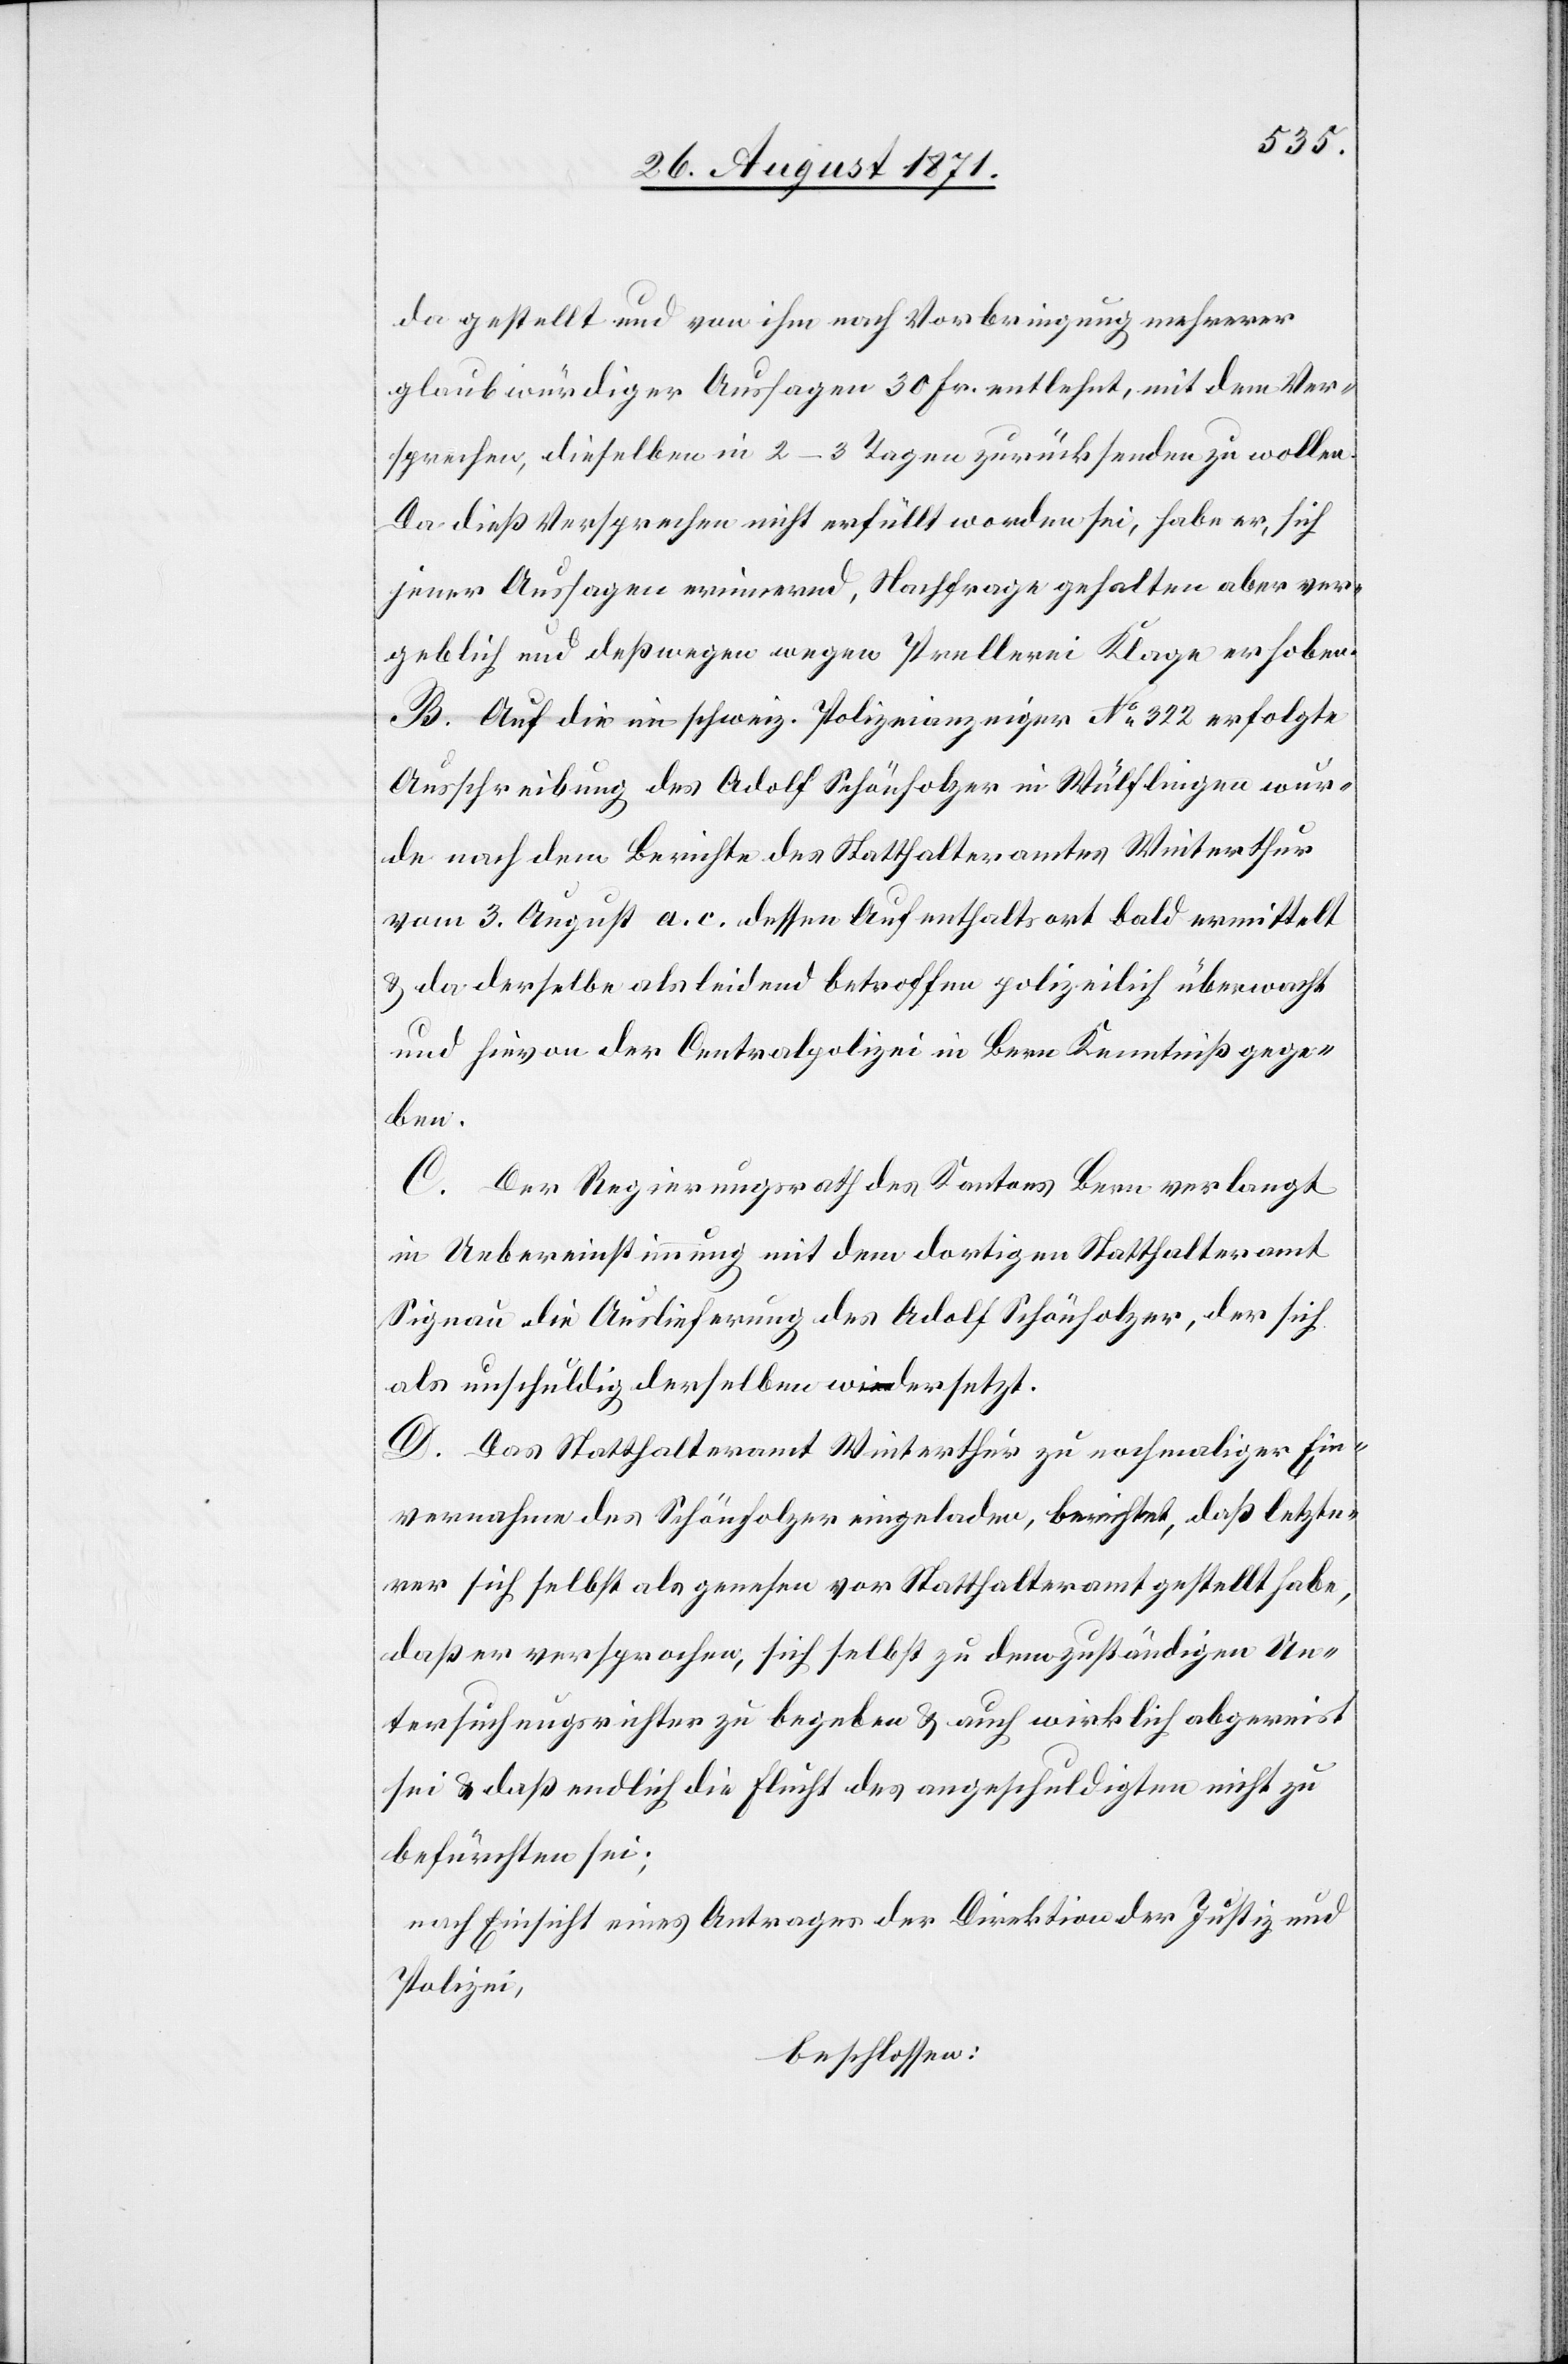
da gestellt und von ihm nach Vorbringung mehrerer
glaubwürdiger Aussagen 30 Fr. entlehnt, mit dem Ver¬
sprechen, dieselben in 2–3 Tagen zurücksenden zu wollen.
Da dieß Versprechen nicht erfüllt worden sei, habe er, sich
jener Auslagen erinnernd, Nachfrage gehalten aber ver¬
geblich und deßwegen wegen Prellerei Klage erhoben.
B. Auf die im schweiz. Polizeianzeiger N° 322 erfolgte
Ausschreibung des Adolf Schönholzer in Wülflingen wur¬
de nach dem Berichte des Statthalteramtes Winterthur
vom 3. August a. c. dessen Aufenthaltsort bald ermittelt
& da derselbe als leidend betroffen polizeilich überwacht
und hievon der Centralpolizei in Bern Kenntniß gege¬
ben.
C. Der Regierungsrath des Kantons Bern verlangt
in Uebereinstimmung mit dem dortigen Statthalteramt
Signau die Auslieferung des Adolf Schönholzer, der sich
als unschuldig derselben widersetzt.
D. Das Statthalteramt Winterthur zu nochmaliger Ein¬
vernahme des Schönholzer eingeladen, berichtet, daß letzte¬
rer sich selbst als genesen vor Statthalteramt gestellt habe,
daß er versprochen, sich selbst zu dem zuständigen Un¬
tersuchungsrichter zu begeben & auch wirklich abgereist
sei & daß endlich die Flucht des angeschuldigten nicht zu
befürchten sei;
nach Einsicht eines Antrages der Direktion der Justiz und
Polizei,
beschlossen: